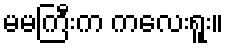
မမကြီးက ကလေးရူး။